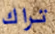
تراك